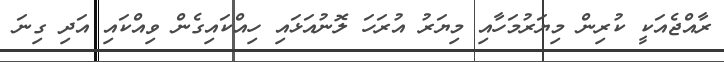
ރާއްޖެއަކީ ކުރިން މިޔަރުމަހާއި މިޔަރު އުރަހަ ލޮނުއަޅައި ހިއްކައިގެން ވިއްކައި އަދި ގިނަ